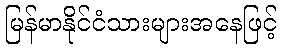
မြန်မာနိုင်ငံသားများအနေဖြင့်